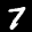
Label: 7